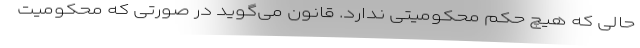
حالی که هیچ حکم محکومیتی ندارد. قانون می‌گوید در صورتی که محکومیت